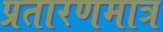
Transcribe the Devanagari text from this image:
प्रतारणमात्र